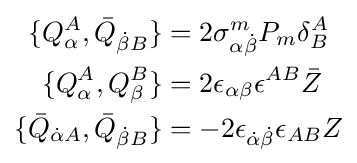
{\begin{aligned}\{Q_{\alpha }^{A},{\bar {Q}}_{{\dot {\beta }}B}\}&=2\sigma _{\alpha {\dot {\beta }}}^{m}P_{m}\delta _{B}^{A}\\\{Q_{\alpha }^{A},Q_{\beta }^{B}\}&=2\epsilon _{\alpha \beta }\epsilon ^{AB}{\bar {Z}}\\\{{\bar {Q}}_{{\dot {\alpha }}A},{\bar {Q}}_{{\dot {\beta }}B}\}&=-2\epsilon _{{\dot {\alpha }}{\dot {\beta }}}\epsilon _{AB}Z\\\end{aligned}}